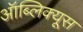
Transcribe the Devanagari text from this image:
ऑब्लिक्यूस